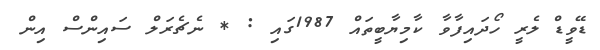
ޑޭވީޑް ލެރީ ހޯދައިފާވާ ކާމިޔާބީތައް 1987ގައި : * ނެޗެރަލް ސައިންސް އިން